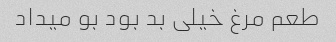
طعم مرغ خیلی بد بود بو میداد